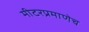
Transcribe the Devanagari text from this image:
मीटरप्रमाणेच